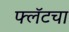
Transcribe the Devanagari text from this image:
फ्लॅटचा